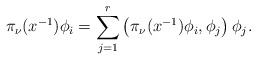
\begin{align*}\pi_{\nu}(x^{-1})\phi_{i}=\sum_{j=1}^{r}\left(\pi_{\nu}(x^{-1})\phi_{i},\phi_j\right)\phi_j.\end{align*}